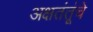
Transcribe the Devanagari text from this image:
अक्षतंतूंचे